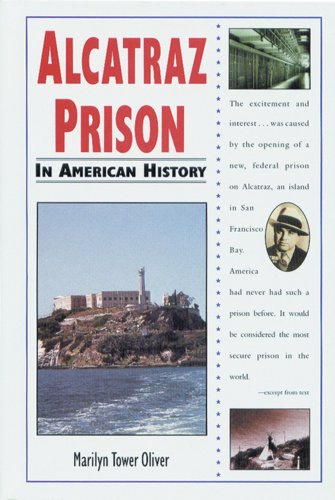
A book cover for Alcatraz Prison (In American History); Marilyn Tower Oliver; Children's Books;